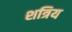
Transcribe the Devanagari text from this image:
शत्रिय